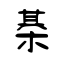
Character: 棊